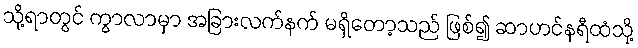
သို့ရာတွင် ကွာလာမှာ အခြားလက်နက် မရှိတော့သည် ဖြစ်၍ ဆာဟင်နရီထံသို့